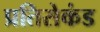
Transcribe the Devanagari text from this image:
प्रतिसेकंड